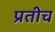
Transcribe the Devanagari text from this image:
प्रतीच